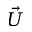
\vec { U }